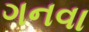
ગનવા